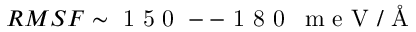
R M S F \sim \mathrm { ~ 1 ~ 5 ~ 0 ~ -- ~ 1 ~ 8 ~ 0 ~ } \, \mathrm { ~ m ~ e ~ V ~ / ~ \AA ~ }